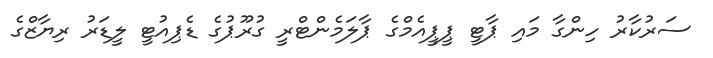
ސަރުކާރު ހިންގާ މައި ޕާޓީ ޕީޕީއެމްގެ ޕާލަމެންޓްރީ ގުރޫޕުގެ ޑެޕިއުޓީ ލީޑަރު ރިޔާޒްގެ